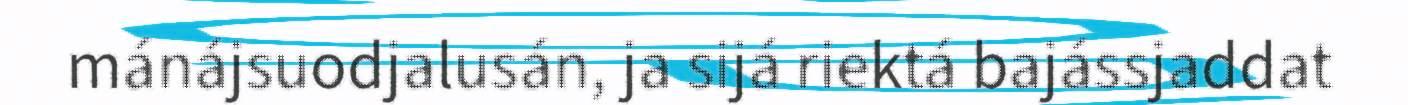
mánájsuodjalusán, ja sijá riektá bajássjaddat